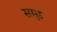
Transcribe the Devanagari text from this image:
समुद्द